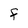
Character: f